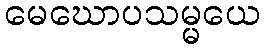
မေဃောပသမ္မယေ